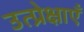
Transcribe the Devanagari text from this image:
उत्प्रेक्षाएँ